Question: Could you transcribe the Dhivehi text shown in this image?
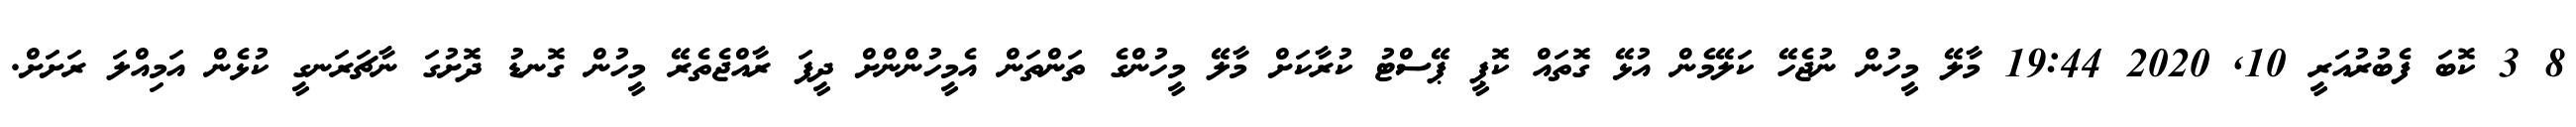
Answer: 8 3 ކޮބަ ފެބުރުއަރީ 10, 2020 19:44 މާލޭ މީހުން ނުޖެހޭ ކަލޭމެން އުޅޭ ގޮތައް ކޮޕީ ޕޭސްޓު ކުރާކަށް މާލޭ މީހުންގެ ތަންތަން އެމީހުންންށް ދީފަ ރާއްޖެތެރޭ މީހުން ގޮނޑު ދޮށުގަ ނާޗަރަނގީ ކުޅެން އަމިއްލަ ރަށަށް.